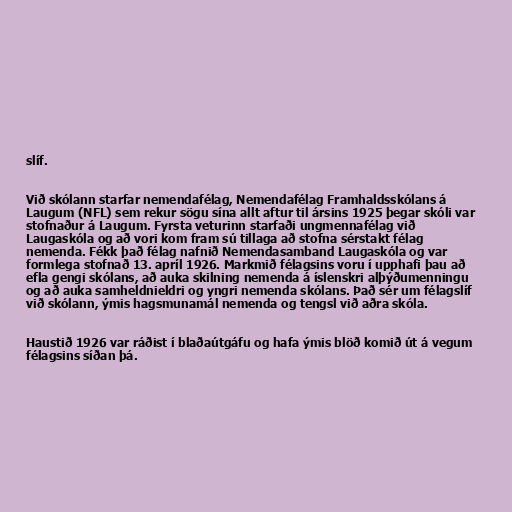
slíf.

Við skólann starfar nemendafélag, Nemendafélag Framhaldsskólans á
Laugum (NFL) sem rekur sögu sína allt aftur til ársins 1925 þegar skóli var
stofnaður á Laugum. Fyrsta veturinn starfaði ungmennafélag við
Laugaskóla og að vori kom fram sú tillaga að stofna sérstakt félag
nemenda. Fékk það félag nafnið Nemendasamband Laugaskóla og var
formlega stofnað 13. apríl 1926. Markmið félagsins voru í upphafi þau að
efla gengi skólans, að auka skilning nemenda á íslenskri alþýðumenningu
og að auka samheldnieldri og yngri nemenda skólans. Það sér um félagslíf
við skólann, ýmis hagsmunamál nemenda og tengsl við aðra skóla.

Haustið 1926 var ráðist í blaðaútgáfu og hafa ýmis blöð komið út á vegum
félagsins síðan þá.